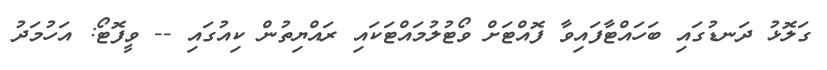
ގަލޮޅު ދަނޑުގައި ބަހައްޓާފައިވާ ފޮއްޓަށް ވޯޓުލުމައްޓަކައި ރައްޔިތުން ކިއުގައި -- ވީފޮޓޯ: އަހުމަދު